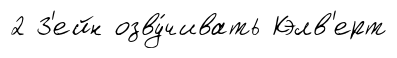
2 З'ейн озву́чивать Кэлв'ерт